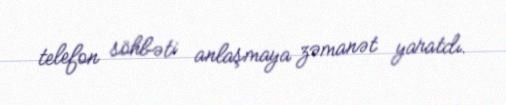
telefon söhbəti anlaşmaya zəmanət yaratdı.